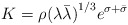
\begin{align*}K= \rho {(\lambda\bar{\lambda})}^{1/3} e^{\sigma+\bar{\sigma}}\end{align*}